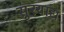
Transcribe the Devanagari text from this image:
सुरयाद्य